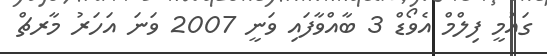
ގައުމީ ފިލްމް އެވޯޑް 3 ބާއްވާފައި ވަނީ 2007 ވަނަ އަހަރު މާރޗް